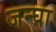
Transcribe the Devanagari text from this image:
जन्घा